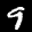
Label: 9